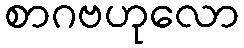
စာဂဗဟုလော